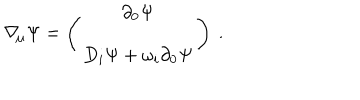
\nabla _ { \! \mu } \Psi = \left( \begin{array} { c } { { \partial _ { 0 } \Psi } } \\ { { D _ { i } \Psi + \omega _ { i } \partial _ { 0 } \Psi } } \\ \end{array} \right) \ .